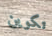
تكوين